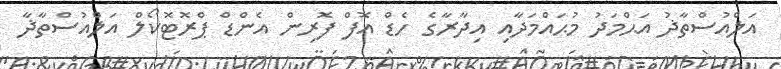
އަލްއުސްތާޛު އަޙްމަދު މުޙައްމަދާއި އިދާރާގެ ހެޑް އޮފް ފޮރިން އެންޑް ޕްރޮޓޮކޯލް އަލްއުސްތާޛާ